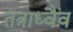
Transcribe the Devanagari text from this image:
तत्राध्वैव